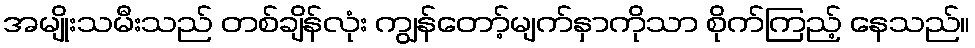
အမျိုးသမီးသည် တစ်ချိန်လုံး ကျွန်တော့်မျက်နှာကိုသာ စိုက်ကြည့် နေသည်။